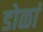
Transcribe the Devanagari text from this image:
डोळां